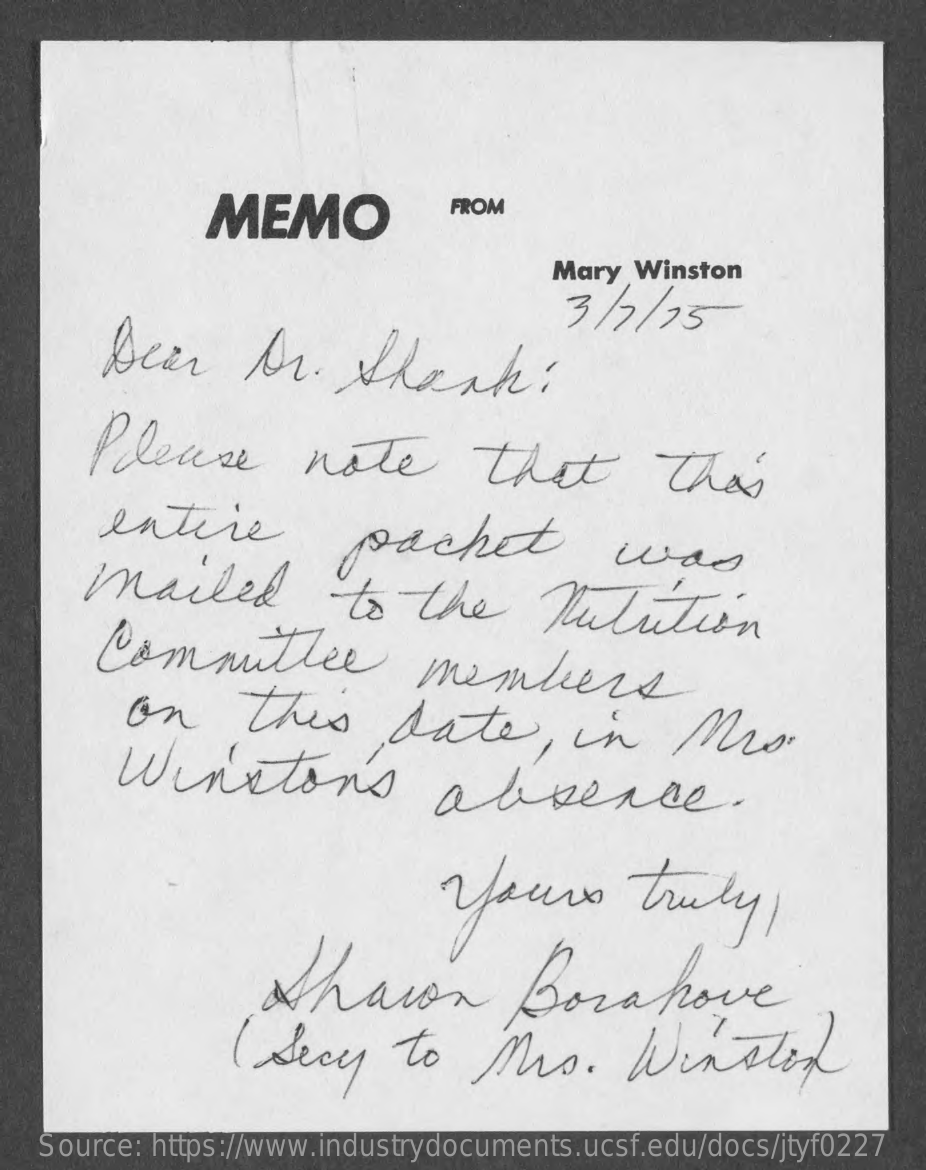
MEMO    FROM
     Mary Winston
     3/7/  75
     Dear    Mr.    thank:
     Please    note    that    this
     entire    pachet    was
     mailed    to   the    Nutrition
     Committee    members
     on    thes    date,    in    Mrs.
     Winston's    absence.
     yours    truly,
     Sharon    Borahove
     ( Secy    to    Mrs.    Winston
   Source: https://www.industrydocuments.ucsf.edu/docs/jtyf0227